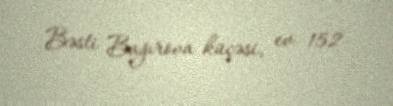
Bəsti Bağırova küçəsi, ev 152